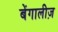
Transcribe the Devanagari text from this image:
बेंगालीज़